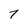
Character: 7